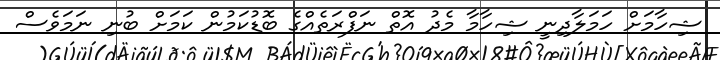
ޝިހާމަށް ހަމަލާދިނީ ޝިހާމާ މެދު އޮތް ނަފްރަތެއްގެ ބޮޑުކަމުން ކަމަށް ބުނި ނަމަވެސް